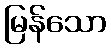
မြန်သော